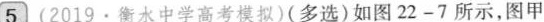
5(2019·衡水中学高考模拟)(多选)如图22-7所示，图甲